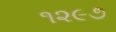
૧૨૯૭